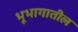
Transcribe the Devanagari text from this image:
भूभागातील